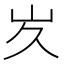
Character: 𭖃